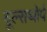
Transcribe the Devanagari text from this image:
वूल्सथोर्प